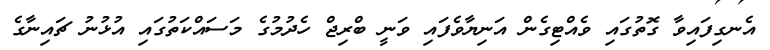
އެނގިފައިވާ ގޮތުގައި ވެއްޓިގެން އަނިޔާވެފައި ވަނީ ބްރިޖް ހެދުމުގެ މަސައްކަތުގައި އުޅުނު ޗައިނާގެ